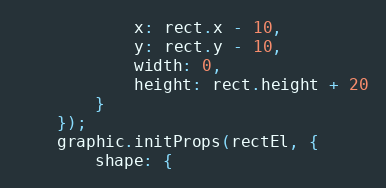
Language: JavaScript
            x: rect.x - 10,
            y: rect.y - 10,
            width: 0,
            height: rect.height + 20
        }
    });
    graphic.initProps(rectEl, {
        shape: {